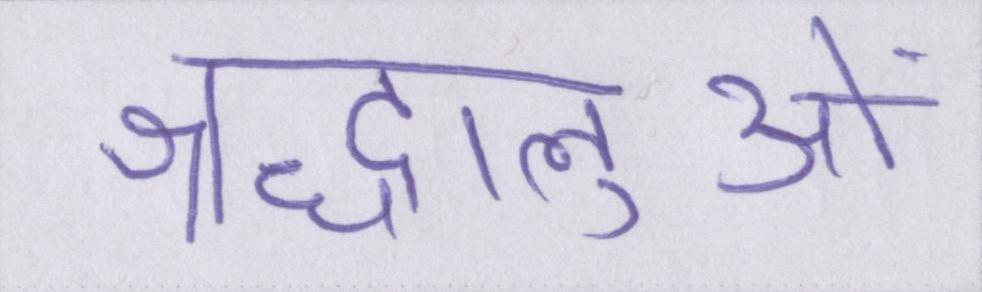
श्रद्धालुओं